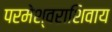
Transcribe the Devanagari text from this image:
परमेश्वराशिवाय